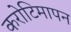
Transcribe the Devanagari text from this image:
करोटिमापन